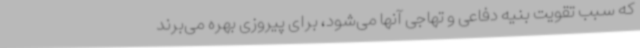
که سبب تقویت بنیه دفاعی و تهاجی آنها می‌شود، برای پیروزی بهره می‌برند